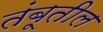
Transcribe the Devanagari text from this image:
तंबूतील